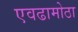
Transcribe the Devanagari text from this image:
एवढामोठा